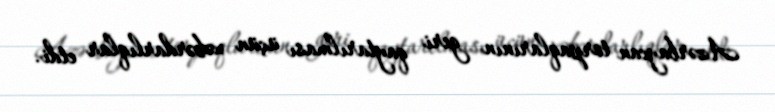
Azərbaycan torpaqlarının geri qaytarılması üçün xəbərdarlıqlar etdi.